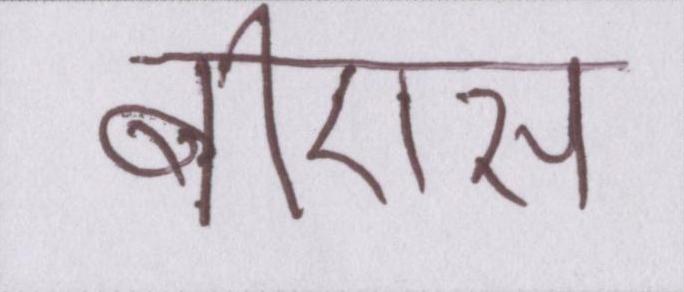
बीएस